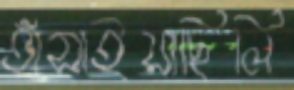
হাঁসাইয়াছিলি